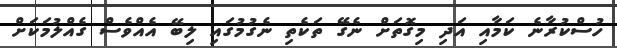
ހުސްކުރާނެ ކަމާއި އަދި މިގޮތަށް ނެގޭ ތަކެތި ނެގުމުގައި ލިބޭ އެއްވެސް ގެއްލުމަކަށް